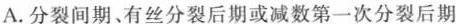
A.分裂间期、有丝分裂后期或减数第一次分裂后期